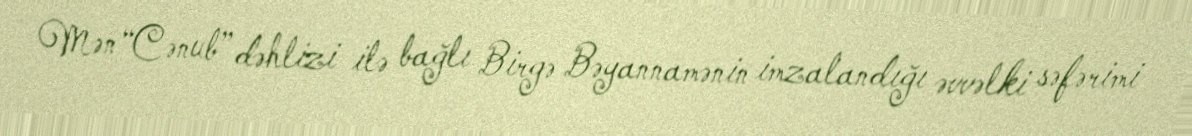
Mən “Cənub” dəhlizi ilə bağlı Birgə Bəyannamənin imzalandığı əvvəlki səfərimi